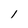
Character: 1